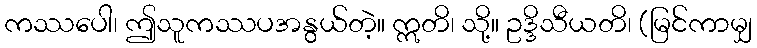
ကဿပေါ၊ ဤသူကဿပအနွယ်တဲ့။ ဣတိ၊ သို့။ ဥဒ္ဒိသီယတိ၊ (မြင်ကာမျှ